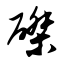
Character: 磔